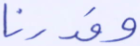
وقدرنا